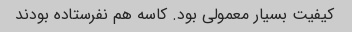
کیفیت بسیار معمولی بود. کاسه هم نفرستاده بودند